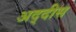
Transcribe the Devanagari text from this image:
अद्दीस